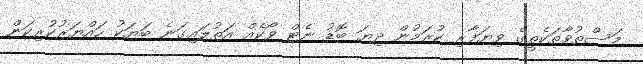
މަސްތުވާތަކެތީގެ ވިޔަފާރި ކުރަމުން ދިޔަ ބޮޑު ނެޓް ވޯކެއް އަތުލައިގަނެ ބަޔަކު ހައްޔަރުކުރިކަން